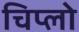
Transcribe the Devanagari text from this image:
चिप्लो